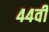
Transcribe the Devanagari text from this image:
४४वीं